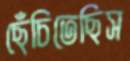
ছেঁচিতেছিস